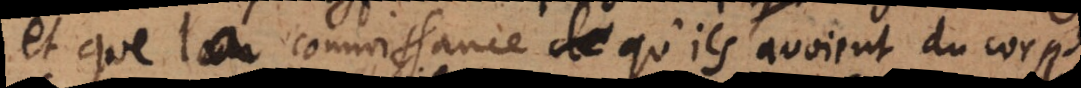
et que la connoissance qu’ils avoient du corps